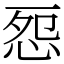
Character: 㤪